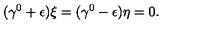
( \gamma ^ { 0 } + \epsilon ) \xi = ( \gamma ^ { 0 } - \epsilon ) \eta = 0 .